Scottish Leaving Certificate Examination, 1961
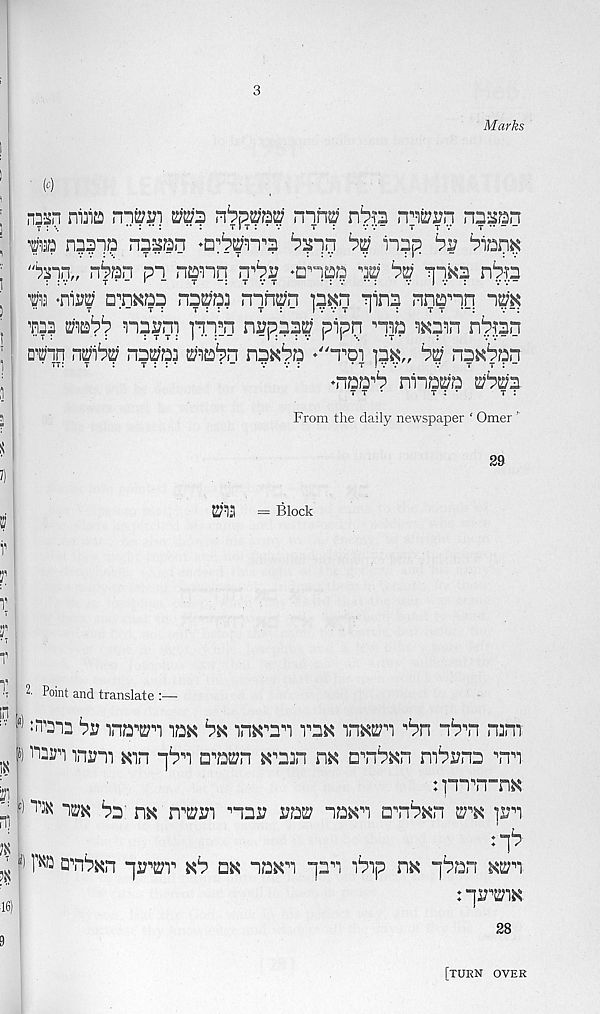
3
Marks
m mito
ms r&mmi mn© n^-n
nD^an
i pp msift nnmi
^ i"i5p ^
"pin,, n^an pi nanq
♦anpi? m bw :
n^-p
m -nw n^n^aa na^a^ mn^n pan qina nnann “i^k
qp ^a'p'p naani ■pnqn nypmuj pipn pp wpn nppn
aPn nmbui na^'a] Pa^n na^^a ♦“toi px„
naxban
♦naa^ nina^a mm
- t *
t : *
t :
From the daily newspaper ‘ Omer ’
PS = Block
2’ Point and translate :—
r :n, 2ia bv inapn iax bx in^^a^i vaa
ib'n ram
&) iPP man Kin -\bi awn K n ajn hk ap^^n nP^na pn
: pnp-nK
')ba^ hk n^n par iw naxn ap^Kn a n K irn
pV
aplKn qr^v k^ aK naKn qan Pip hk q^an KE:n
: qwiK
28
[turn over